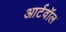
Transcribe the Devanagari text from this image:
आर्टवॉल